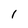
Character: 1